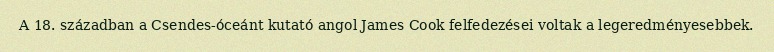
A 18. században a Csendes-óceánt kutató angol James Cook felfedezései voltak a legeredményesebbek.